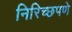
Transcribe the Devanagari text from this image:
निरिच्छपणे